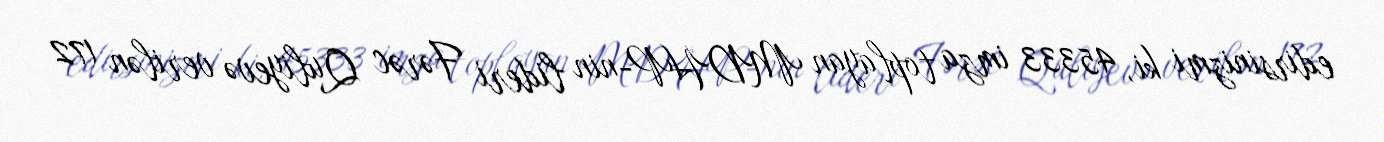
edirsinizmi ki, 45333 imza toplayan MDHP-nin lideri Fərəc Quliyevə verilən 172